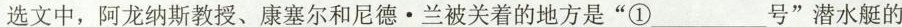
选文中，阿龙纳斯教授、康塞尔和尼德·兰被关着的地方是”①___号”潜水艇的